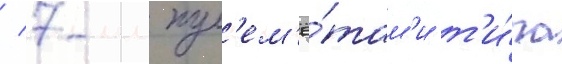
/ 7-мм пул'ем'ё́там'и т'и́па